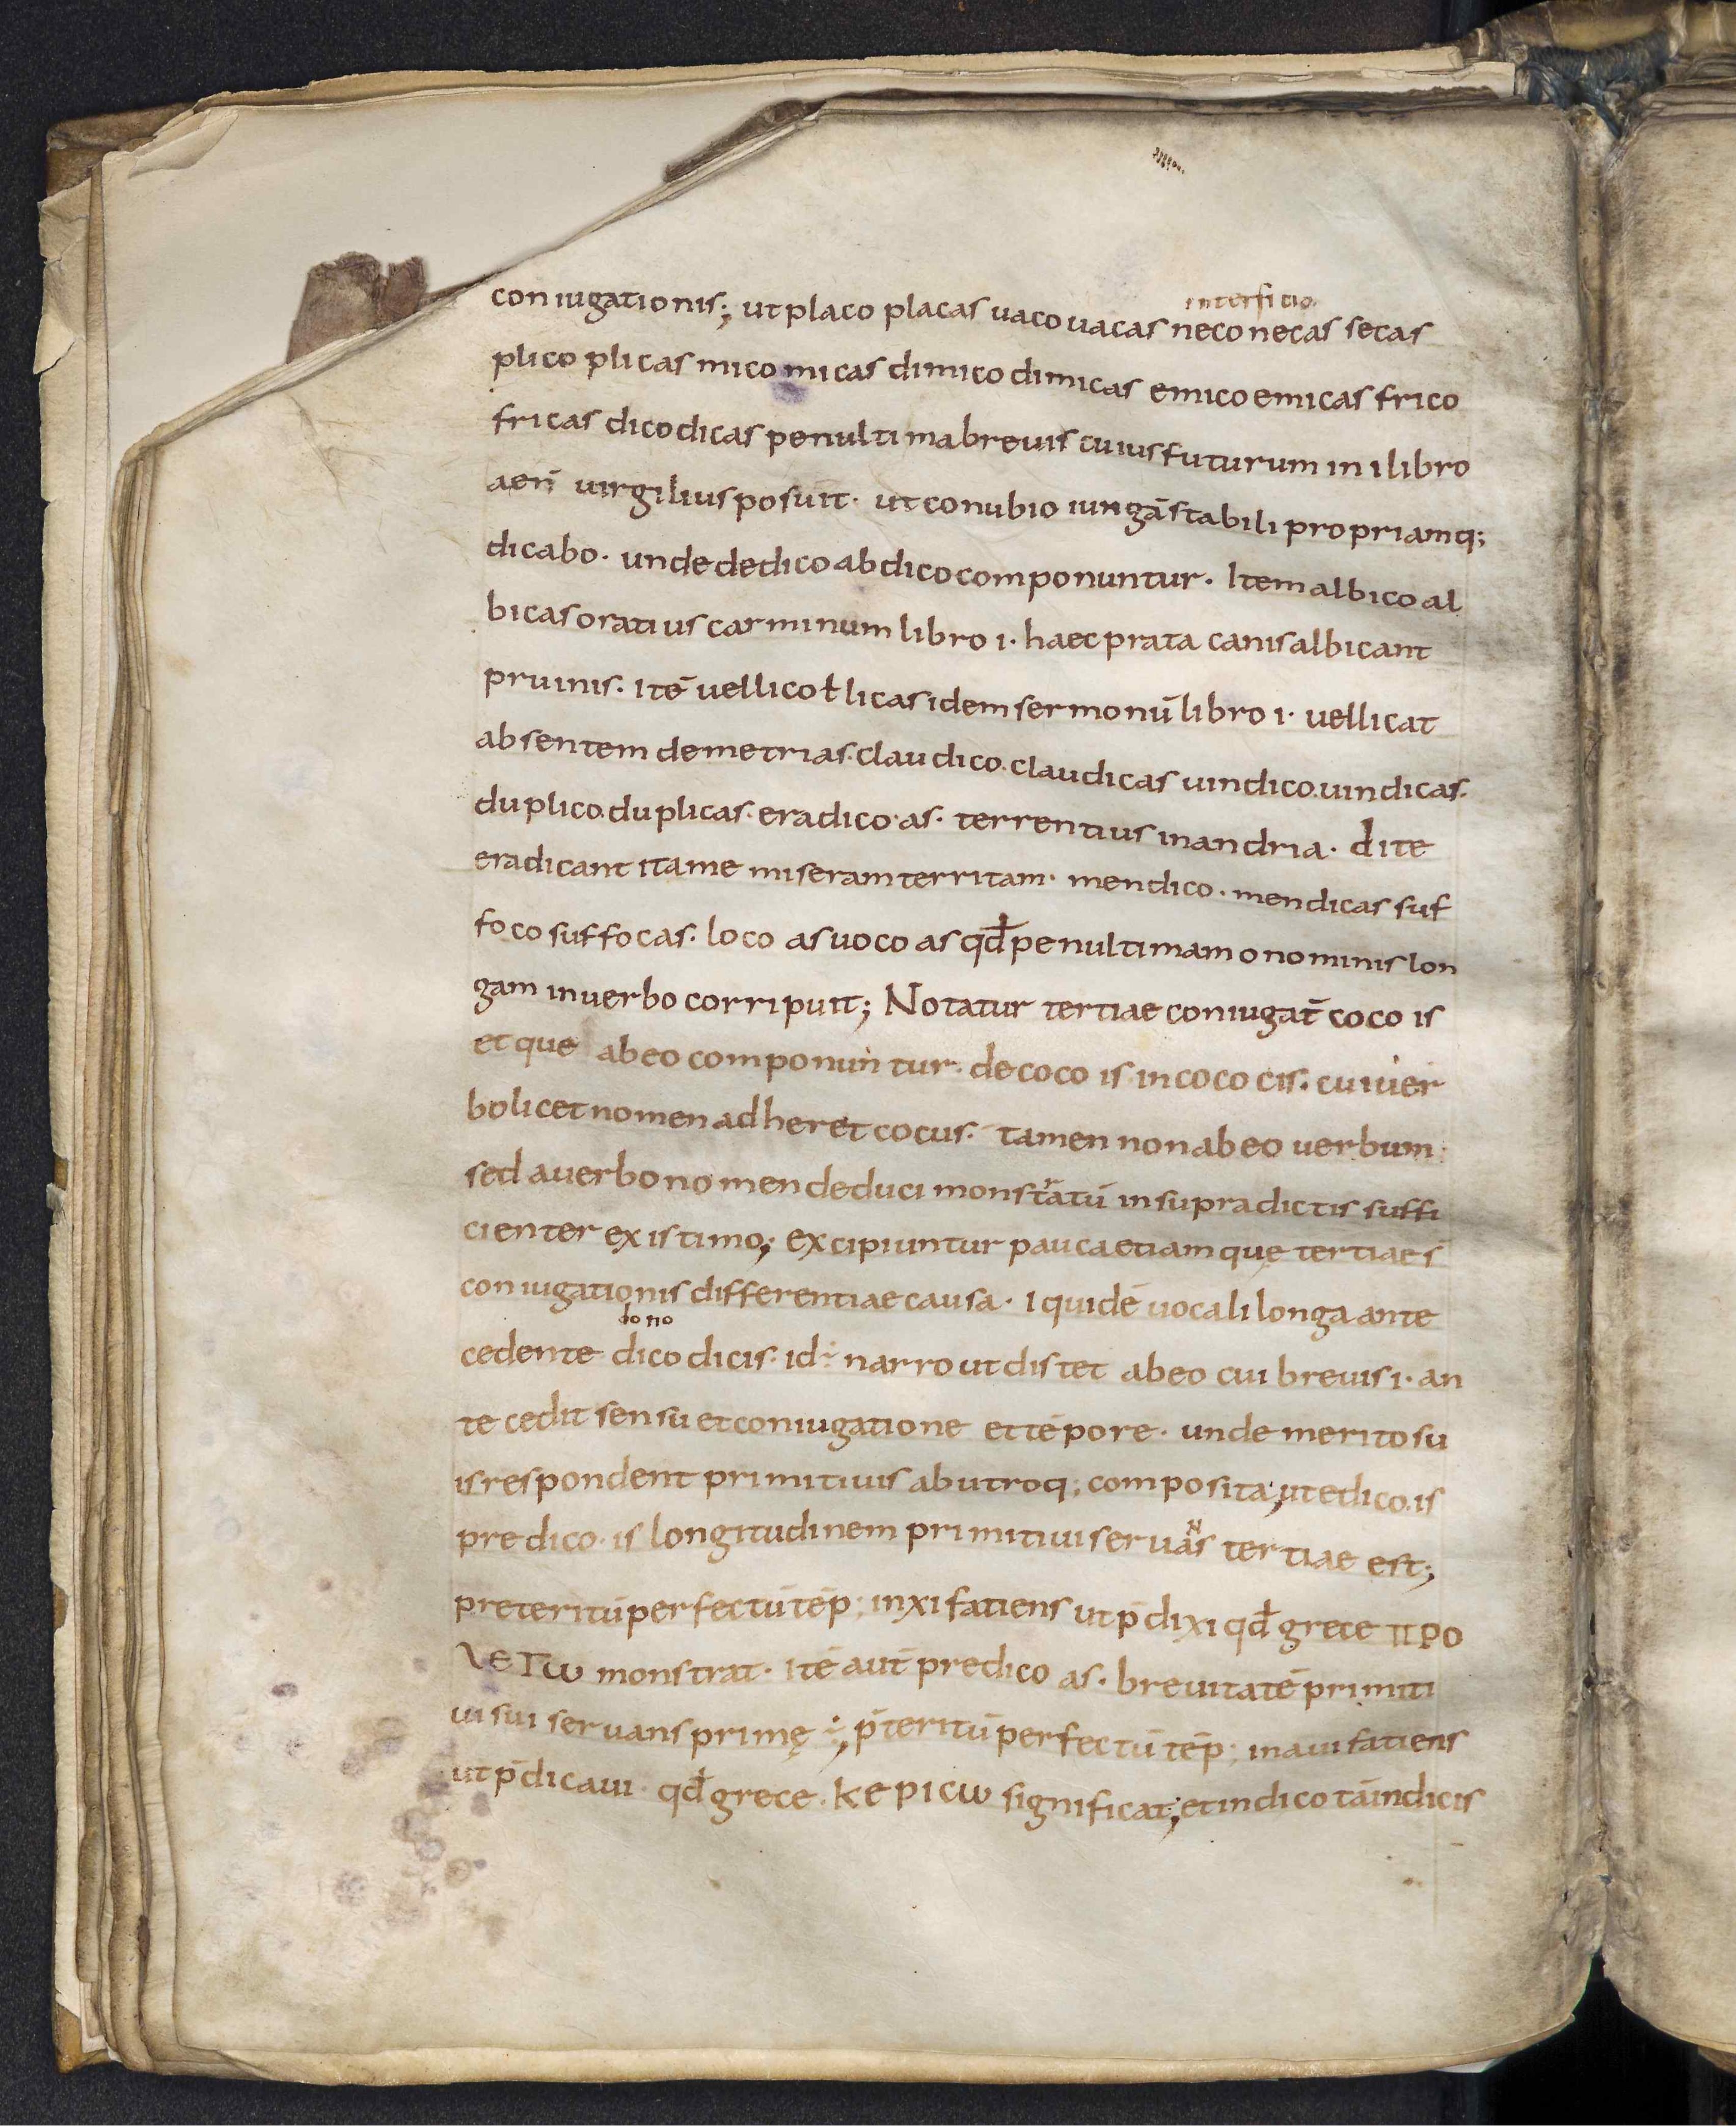
Shelfmark: Leiden, Bibliotheek der Rijksuniversiteit, Voss. Lat. O 41
Century: 9